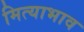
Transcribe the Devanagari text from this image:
मित्याभाव